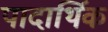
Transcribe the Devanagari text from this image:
पादार्थिक